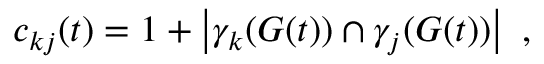
c _ { k j } ( t ) = 1 + \left| \gamma _ { k } ( G ( t ) ) \cap \gamma _ { j } ( G ( t ) ) \right| \ ,